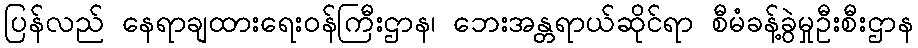
ပြန်လည် နေရာချထားရေးဝန်ကြီးဌာန၊ ဘေးအန္တရာယ်ဆိုင်ရာ စီမံခန့်ခွဲမှုဦးစီးဌာန